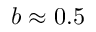
b \approx 0 . 5